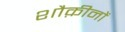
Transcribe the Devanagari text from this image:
शौक़ीनों